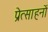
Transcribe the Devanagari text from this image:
प्रेत्साहनों